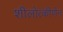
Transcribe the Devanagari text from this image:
शीलोत्कीर्णन